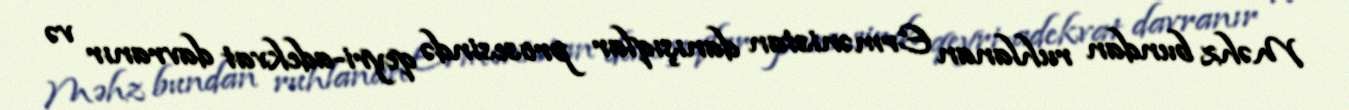
Məhz bundan ruhlanan Ermənistan danışıqlar prosesində qeyri-adekvat davranır və